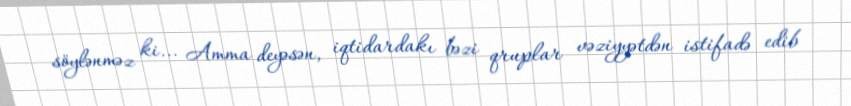
söylənməz ki... Amma deyəsən, iqtidardakı bəzi qruplar vəziyyətdən istifadə edib